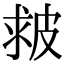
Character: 皳